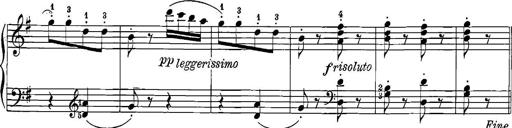
Title: 12 Sonatinas
Composer: Ignaz Pleyel